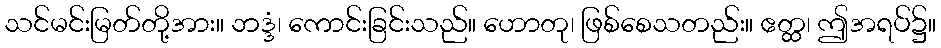
သင်မင်းမြတ်တို့အား။ ဘဒ္ဒံ၊ ကောင်းခြင်းသည်။ ဟောတု၊ ဖြစ်စေသတည်း။ ဧတ္ထ၊ ဤအရပ်၌။